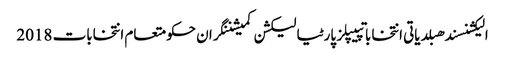
الیکشنسندھبلدیاتی انتخاباتپیپلز پارٹیالیکشن کمیشننگران حکومتعام انتخابات 2018